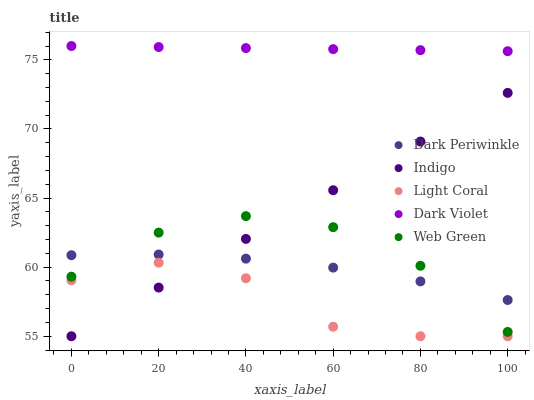
| xaxis_label | Dark Periwinkle | Indigo | Light Coral | Dark Violet | Web Green |
 | --- | --- | --- | --- | --- | --- |
 | 0 | 60.9 | 55 | 59 | 76 | 59.3 |
 | 20 | 60.9 | 58.5 | 60.3 | 75.9 | 62.5 |
 | 40 | 60.6 | 62 | 59.2 | 75.9 | 63.7 |
 | 60 | 60 | 65.6 | 55.7 | 75.8 | 62.9 |
 | 80 | 59 | 69.1 | 55 | 75.7 | 60.1 |
 | 100 | 57.6 | 72.6 | 55 | 75.6 | 55.3 |